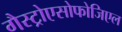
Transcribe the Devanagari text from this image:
गैस्ट्रोएसोफोजिएल